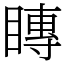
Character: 䁣